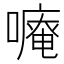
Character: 𠿾